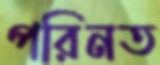
পরিনত